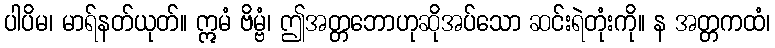
ပါပိမ၊ မာရ်နတ်ယုတ်။ ဣမံ ဗိမ္ဗံ၊ ဤအတ္တဘောဟုဆိုအပ်သော ဆင်းရဲတုံးကို။ န အတ္တကထံ၊